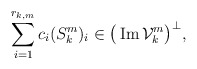
\begin{align*}\sum_{i=1}^{r_{k,m}}c_i(S^m_k)_i\in\big(\operatorname{Im}\mathcal V^m_k\big)^\perp,\end{align*}